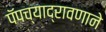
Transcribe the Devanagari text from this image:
पॅपच्याद्रावणाने